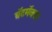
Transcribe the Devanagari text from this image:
बॅटमॅनवर